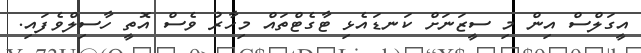
އީގަލްސް އިން މި ސީޒަނަށް ކަނޑައެޅި ޓާގެޓްތައް މިހާރު ވެސް އޮތީ ހާސިލްވެފައި.